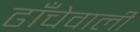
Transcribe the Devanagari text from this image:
ढाँचेवाली